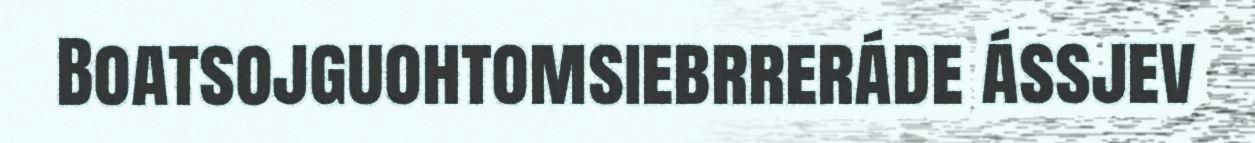
Boatsojguohtomsiebrreráde ássjev